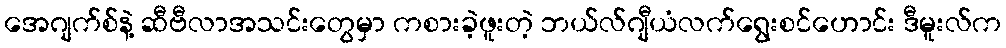
အေဂျက်စ်နဲ့ ဆီဗီလာအသင်းတွေမှာ ကစားခဲ့ဖူးတဲ့ ဘယ်လ်ဂျီယံလက်ရွေးစင်ဟောင်း ဒီမူးလ်က